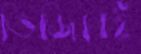
ভিজিবেই